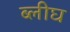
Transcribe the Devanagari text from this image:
ब्लीघ